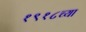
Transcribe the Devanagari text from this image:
१९१८च्या